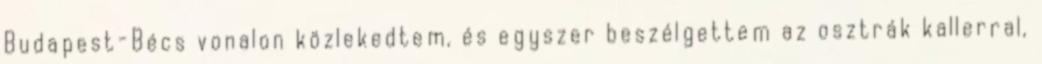
Budapest-Bécs vonalon közlekedtem, és egyszer beszélgettem az osztrák kallerral,